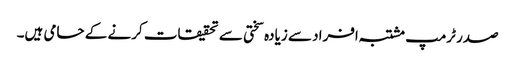
صدر ٹرمپ مشتبہ افراد سے زیادہ سختی سے تحقیقات کرنے کے حامی ہیں۔